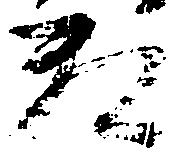
敷